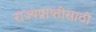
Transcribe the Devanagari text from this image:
राज्यप्राप्तीसाठी